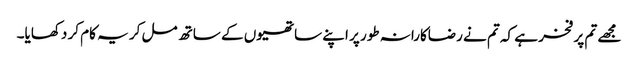
مجھے تم پر فخر ہے کہ تم نے رضاکارانہ طور پر اپنے ساتھیوں کے ساتھ مل کر یہ کام کر دکھایا۔